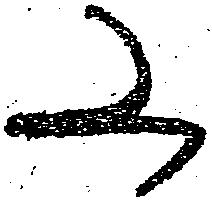
又